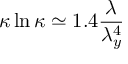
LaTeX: \kappa \ln \kappa \simeq 1 . 4 \frac { \lambda } { \lambda _ { y } ^ { 4 } }